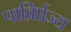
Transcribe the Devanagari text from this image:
पार्व्राािज्य